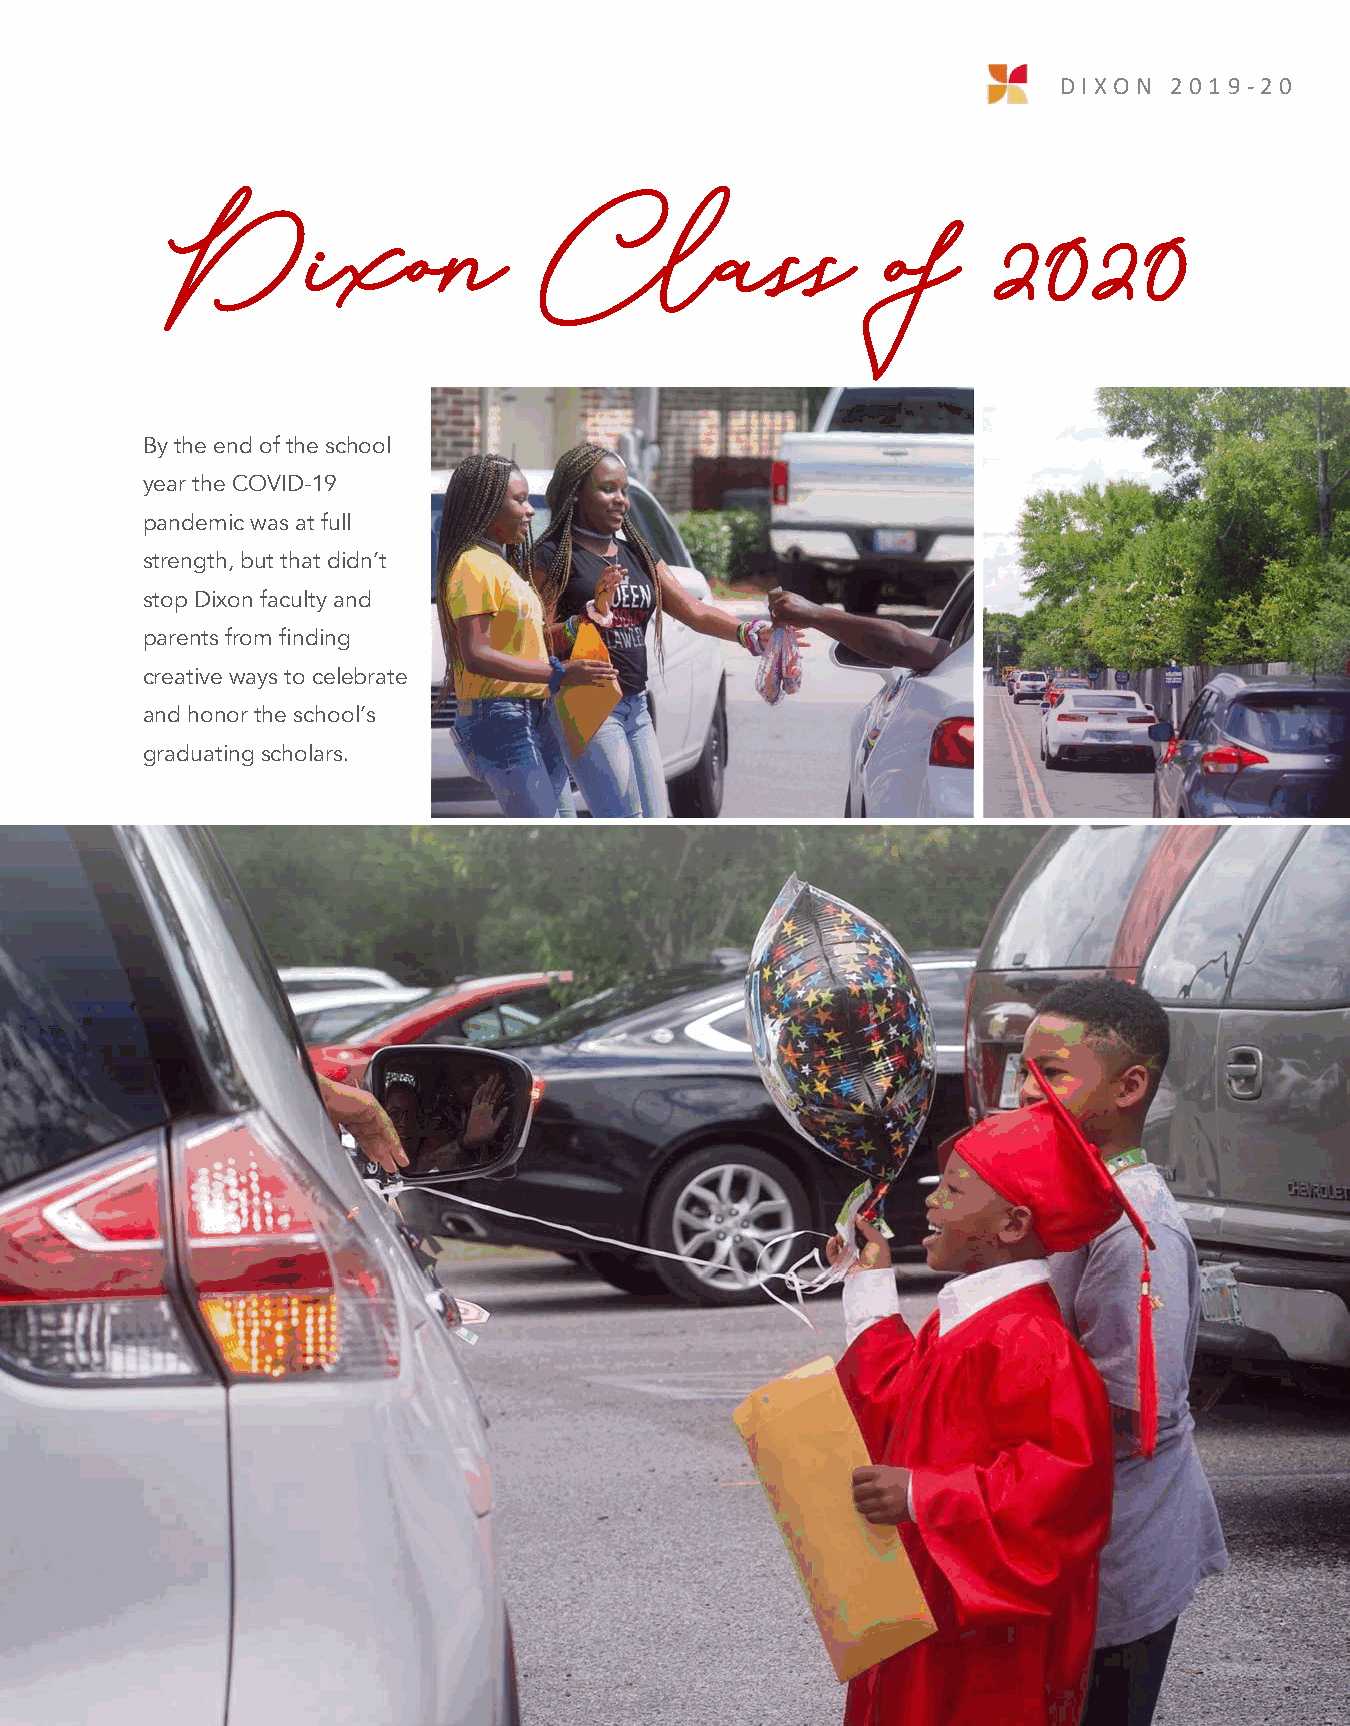
DIX O N 2 0 1 9 -2 0
 14
 Dixon                    Class                  of     2020
 By the end of the school
 year the COVID-19
 pandemic was at full
 strength, but that didn’t
 stop Dixon faculty and
 parents from finding
 creative ways to celebrate
 and honor the school’s
 graduating scholars.